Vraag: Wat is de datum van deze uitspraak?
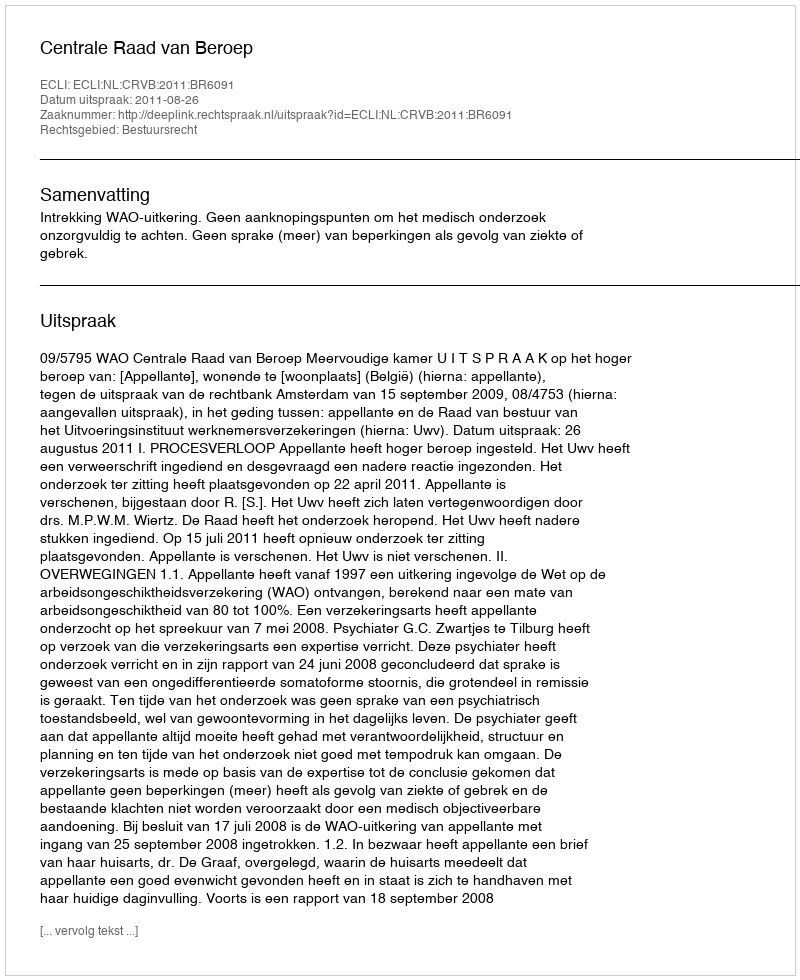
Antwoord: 2011-08-26